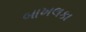
બાખલકા